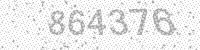
Solution: 864376